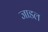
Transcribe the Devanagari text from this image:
जाडल